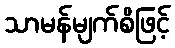
သာမန်မျက်စိဖြင့်